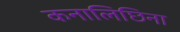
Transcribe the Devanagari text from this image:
कनालिछिना